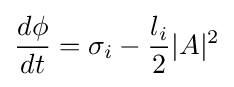
{\frac {d\phi }{dt}}=\sigma _{i}-{\frac {l_{i}}{2}}|A|^{2}